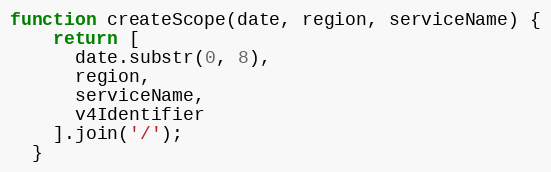
Language: JavaScript
function createScope(date, region, serviceName) {
    return [
      date.substr(0, 8),
      region,
      serviceName,
      v4Identifier
    ].join('/');
  }